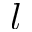
l